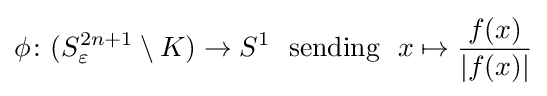
\phi \colon (S_{\varepsilon }^{2n+1}\setminus K)\to S^{1}\ {\text{ sending }}\ x\mapsto {\frac {f(x)}{|f(x)|}}